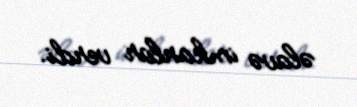
əlavə imkanlar verdi.